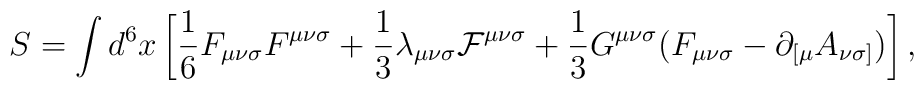
S=\int d^{6}x\left[{\frac 1 6}F_{{\mu}{\nu}{\sigma}}F^{{\mu}{\nu}{\sigma}}+{\frac 1 3}{\lambda}_{{\mu}{\nu}{\sigma}}{\cal F}^{{\mu}{\nu}{\sigma}}+{\frac 1 3}G^{{\mu}{\nu}{\sigma}}(F_{{\mu}{\nu}{\sigma}}-{\partial}_{[{\mu}}A_{{\nu}{\sigma}]})\right],